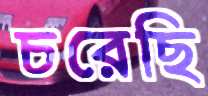
চরেছি